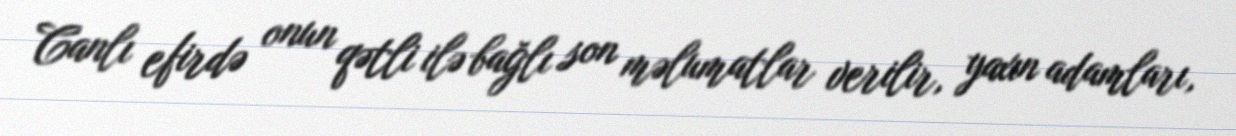
Canlı efirdə onun qətli ilə bağlı son məlumatlar verilir, yaxın adamları,